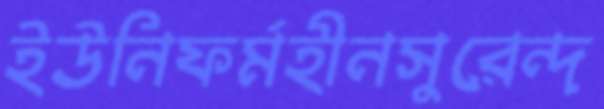
ইউনিফর্মহীনসুরেন্দ